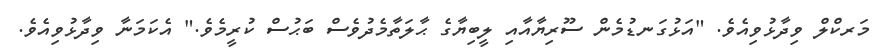
މަރކްލް ވިދާޅުވިއެވެ. "އަޅުގަނޑުމެން ސޫރިޔާއާއި ލީބިޔާގެ ޙާލަތާމެދުވެސް ބަޙުސް ކުރީމެވެ." އެކަމަނާ ވިދާޅުވިއެވެ.